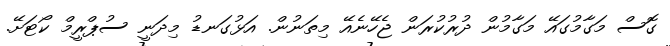
ގޮސް މަގާމުގައޭ މަގާމުން ދުރުކުރަން ޖެހޭނެއޭ މިތަނުން. އަޅުގަނޑު މިދަނީ ސުޕްރީމް ކޯޓަށޭ.